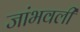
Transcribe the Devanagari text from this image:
जांभवली